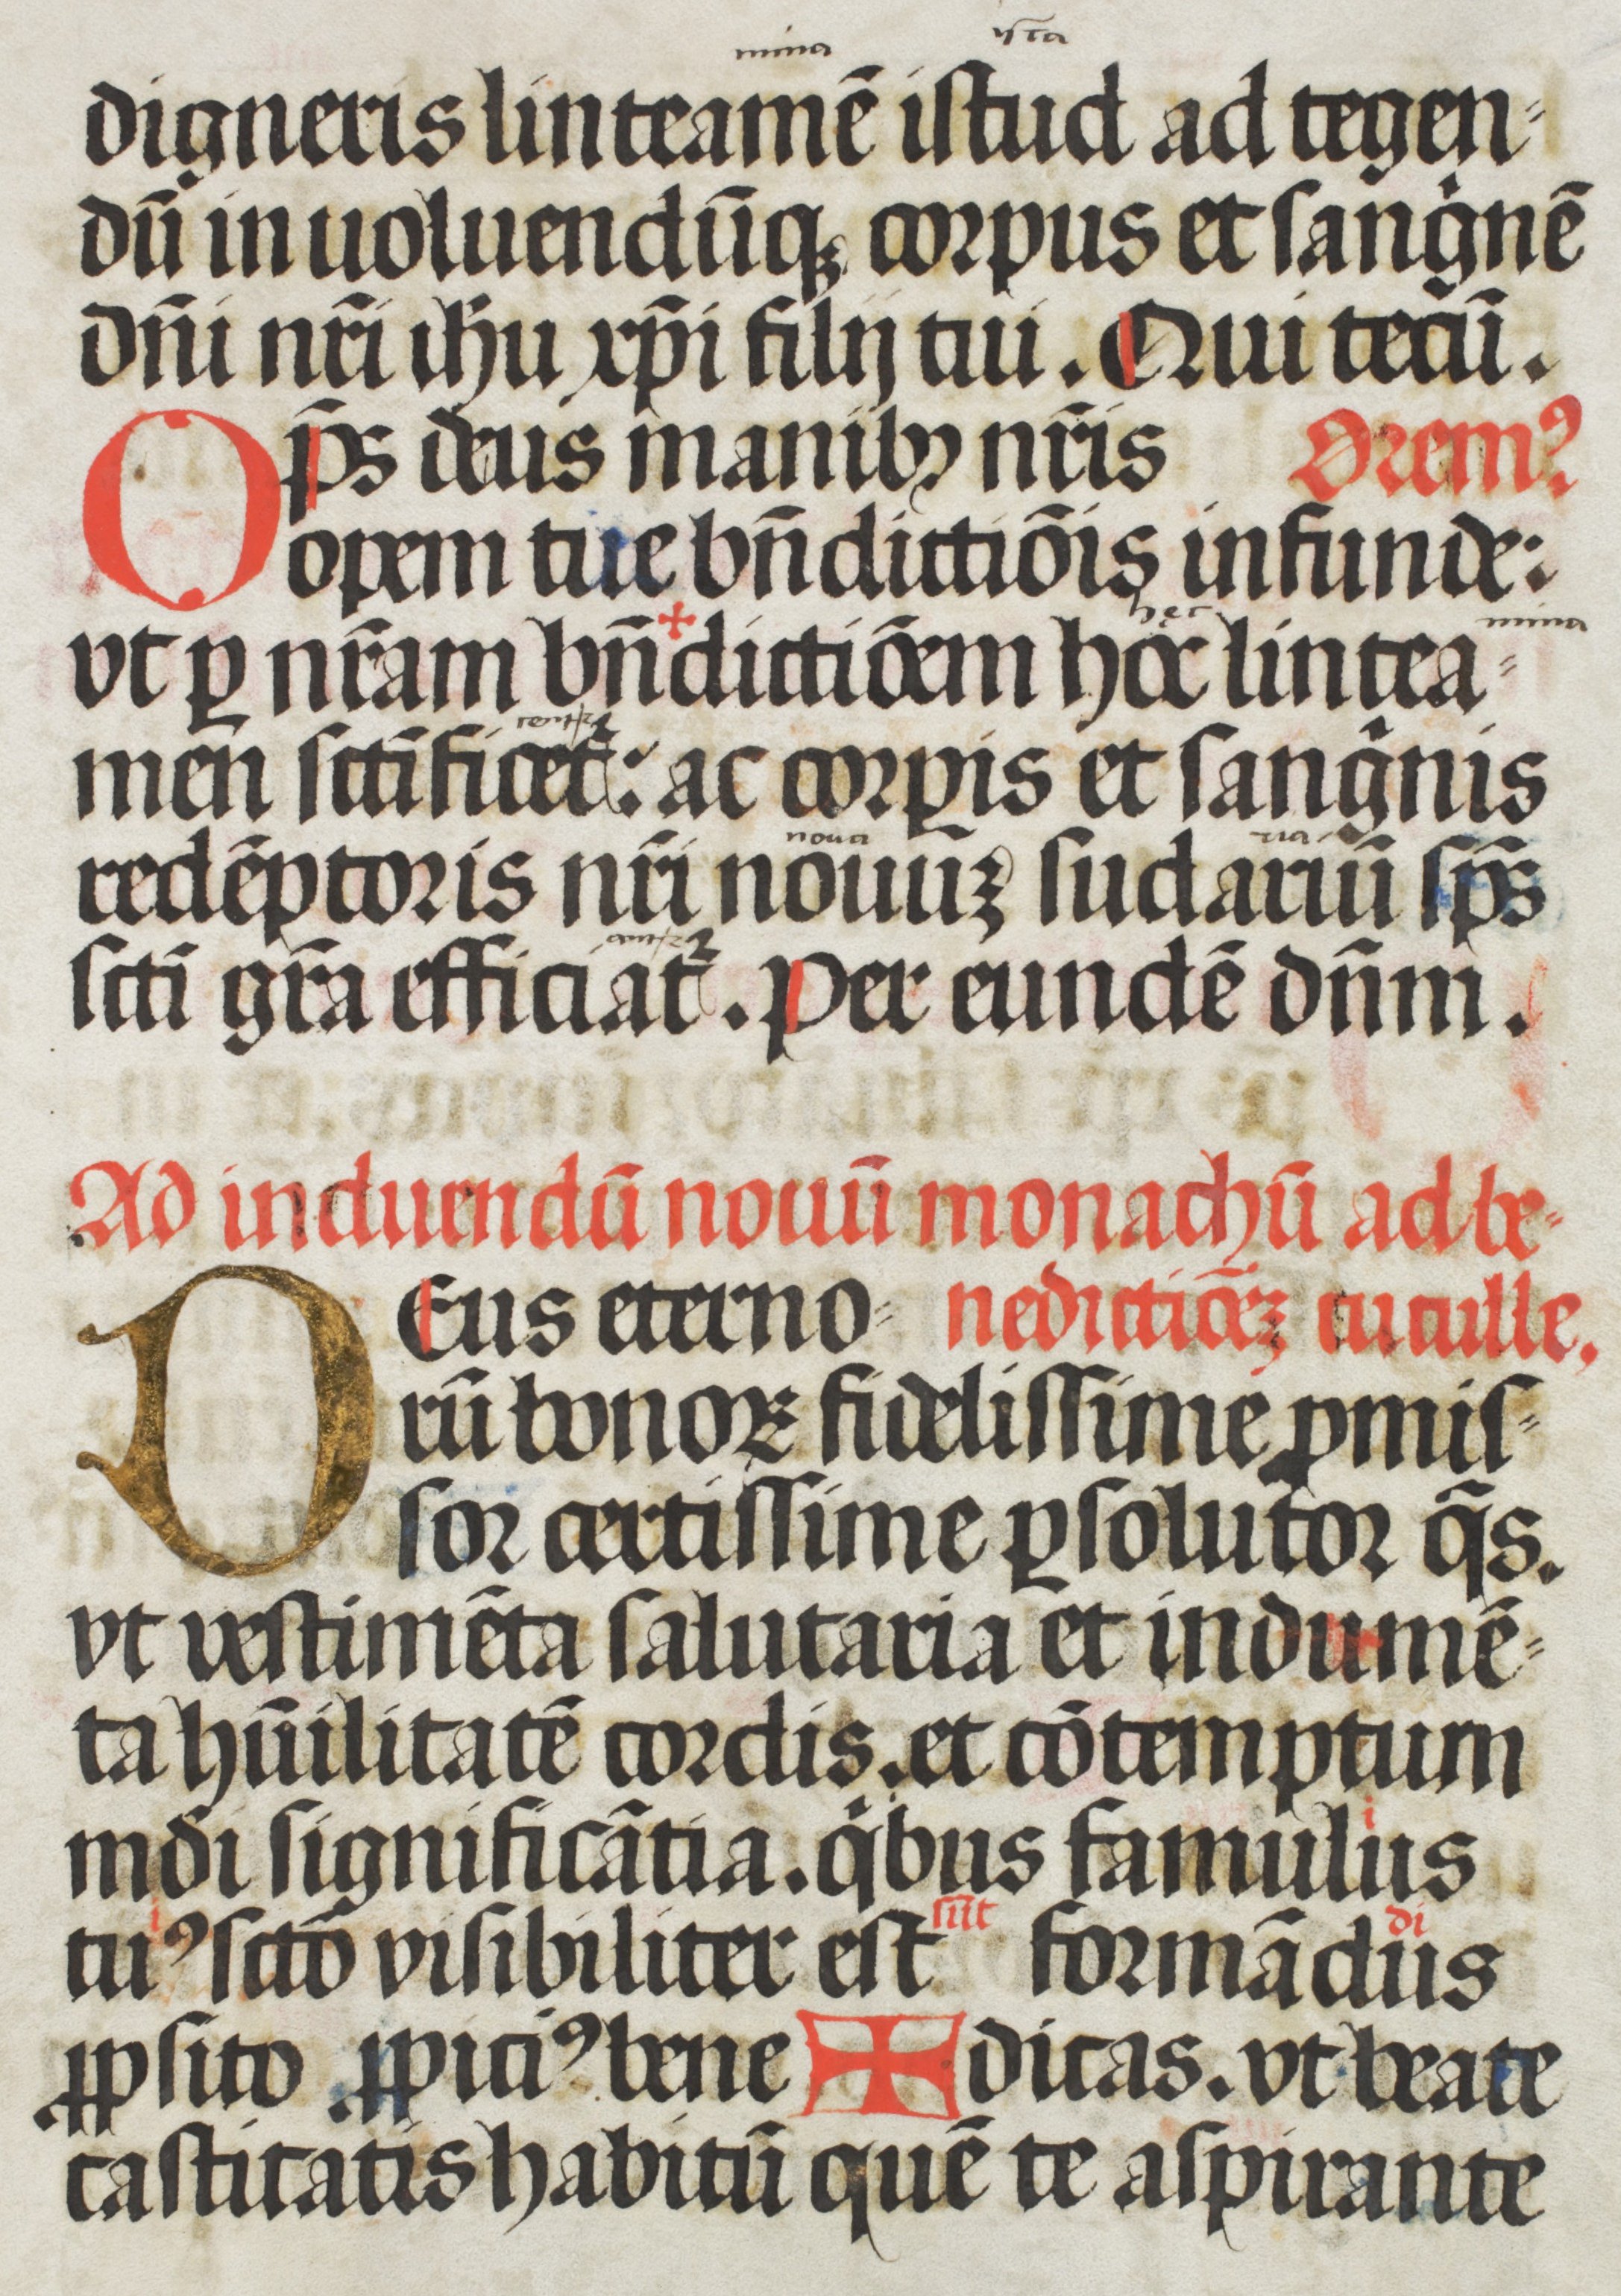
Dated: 1508–1508